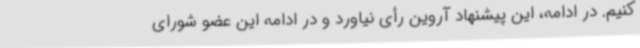
کنیم. در ادامه، این پیشنهاد آروین رأی نیاورد و در ادامه این عضو شورای